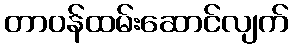
တာဝန်ထမ်းဆောင်လျက်